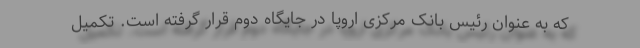
که به عنوان رئیس بانک مرکزی اروپا در جایگاه دوم قرار گرفته است. تکمیل